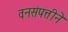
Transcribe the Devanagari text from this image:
वनसंपत्तीने